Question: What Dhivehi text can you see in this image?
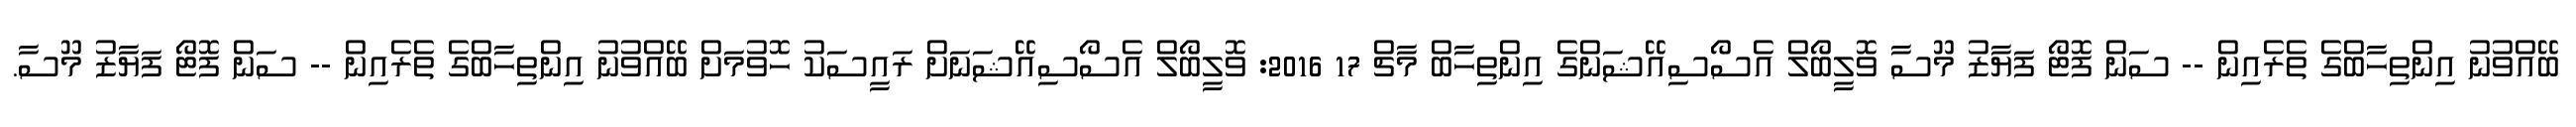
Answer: ބޭއްވުނު އިންތިހާބްގެ ތެރެއިން -- ސަން ފޮޓޯ ފަޔާޒު މޫސާ ވޮލީބޯލް އެސޯސިއޭޝަންގެ އިންތިހާބް މާޗް 17 2016: ވޮލީބޯލް އެސޯސިއޭޝަނަށް ރައީސަކު ހޮވުމަށް ބޭއްވުނު އިންތިހާބްގެ ތެރެއިން -- ސަން ފޮޓޯ ފަޔާޒު މޫސާ.